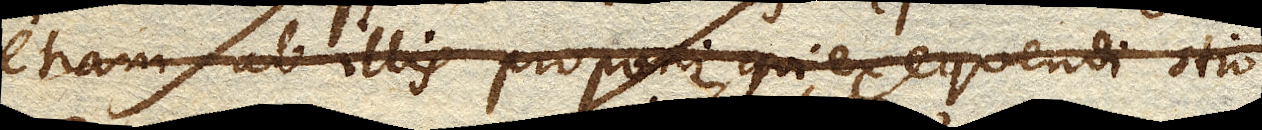
etiam ab illis proponi qui exequendi